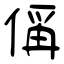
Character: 偁